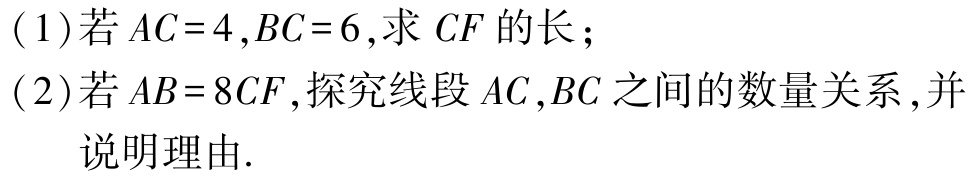
(1)若\(AC = 4,BC = 6\),求\(CF\)的长；

(2)若\(AB = 8CF\),探究线段\(AC,BC\)之间的数量关系,并

   说明理由.